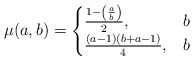
\begin{align*}\mu(a,b)=\begin{cases}\frac{1-\left( \frac{a}{b} \right)}{2}, & b \\\frac{(a-1)(b+a-1)}{4}, & b\end{cases} \end{align*}